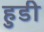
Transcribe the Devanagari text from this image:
हुडी